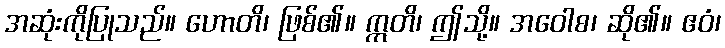
အဆုံးကိုပြုသည်။ ဟောတိ၊ ဖြစ်၏။ ဣတိ၊ ဤသို့။ အဝေါစ၊ ဆို၏။ ဧဝံ၊